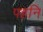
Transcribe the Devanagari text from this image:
पहनि